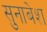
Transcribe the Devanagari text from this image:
सुनाबेश